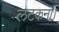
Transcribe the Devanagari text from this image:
लटकना।